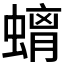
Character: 𮔮